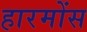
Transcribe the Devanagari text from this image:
हारमोंस